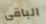
الباقى